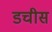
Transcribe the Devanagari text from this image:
डचीस